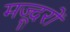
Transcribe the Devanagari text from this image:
मज्दूरों